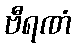
ဗီရဏံ